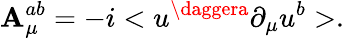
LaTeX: \mathbf{A}_{\mu}^{ab}=-i<u^{\daggera}\partial_{\mu}u^{b}>.